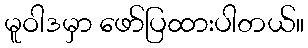
မူဝါဒမှာ ဖော်ပြထားပါတယ်။